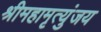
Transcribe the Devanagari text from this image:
श्रीमहामृत्युंजय